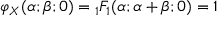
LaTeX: \varphi _ { X } ( \alpha ; \beta ; 0 ) = { } _ { 1 } F _ { 1 } ( \alpha ; \alpha + \beta ; 0 ) = 1